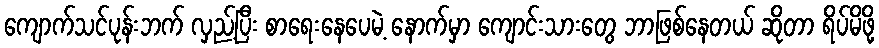
ကျောက်သင်ပုန်းဘက် လှည့်ပြီး စာရေးနေပေမဲ့ နောက်မှာ ကျောင်းသားတွေ ဘာဖြစ်နေတယ် ဆိုတာ ရိပ်မိဖို့